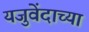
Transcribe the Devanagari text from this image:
यजुवेंदाच्या